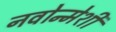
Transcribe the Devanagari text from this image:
नवोन्मेशी